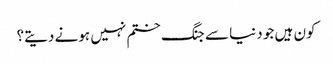
کون ہیں جو دنیا سے جنگ ختم نہیں ہونے دیتے؟